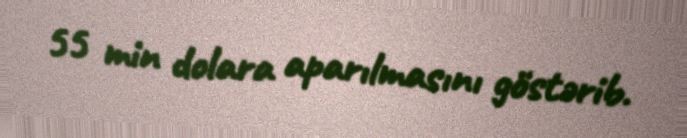
55 min dolara aparılmasını göstərib.